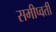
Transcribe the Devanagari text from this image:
समीप्वर्ती